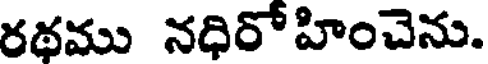
రథము నధిరో హించెను.